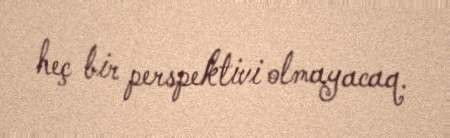
heç bir perspektivi olmayacaq.